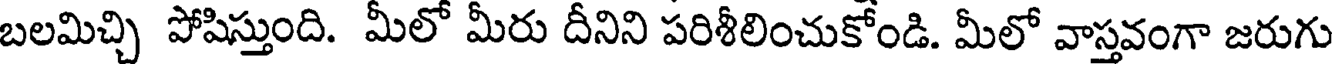
బలమిచ్చి పోషిస్తుంది. మీలో మీరు దీనిని పరిశీలించుకోండి. మీలో వాస్తవంగా జరుగు